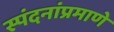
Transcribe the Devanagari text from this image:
स्पंदनांप्रमाणे